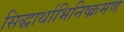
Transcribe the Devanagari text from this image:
सिद्धार्थाभिनिष्क्रमण